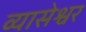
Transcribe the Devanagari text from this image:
व्यासेश्वर